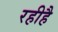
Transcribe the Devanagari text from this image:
रहीहै